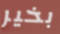
بخير